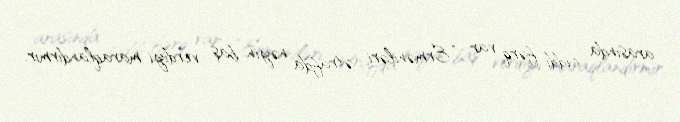
arasında ciddi fərq var: “Erməniləri ətrafda nəyin baş verdiyi maraqlandırmır.